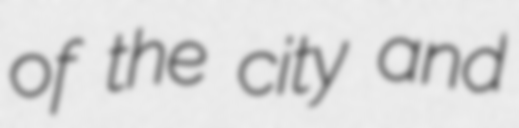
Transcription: of the city and